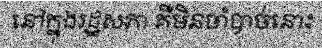
នៅក្នុងរដ្ឋសភា គឺមិនចាំបាច់នោះ